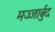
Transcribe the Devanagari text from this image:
मज्जार्बुद